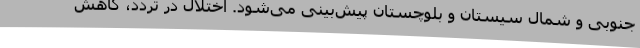
جنوبی و شمال سیستان و بلوچستان پیش‌بینی می‌شود. اختلال در تردد، کاهش